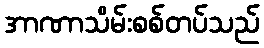
အာဏာသိမ်းစစ်တပ်သည်